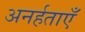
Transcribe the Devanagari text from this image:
अनर्हताएँ